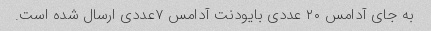
به جای آدامس ۲۰ عددی بایودنت آدامس ۷عددی ارسال شده است.